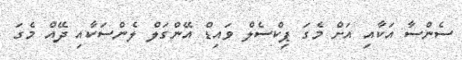
ސެންސާ އަކާއި އަށް މެގަ ޕިކްސެލް ވައިޑް އޭންގަލް ލެންސަކާއި ދޭއް މެގަ